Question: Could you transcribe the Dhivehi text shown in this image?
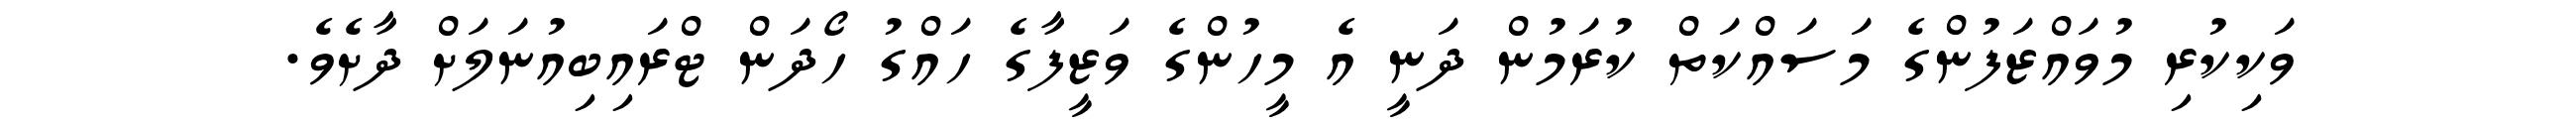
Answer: ވަކިކުރި މުވައްޒަފުންގެ މަސައްކަތް ކުރަމުން ދަނީ އެ މީހުންގެ ވަޒީފާގެ ހައްގު ހޯދަން ޓްރައިބިއުނަލަށް ދާށެވެ.